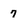
Character: 7